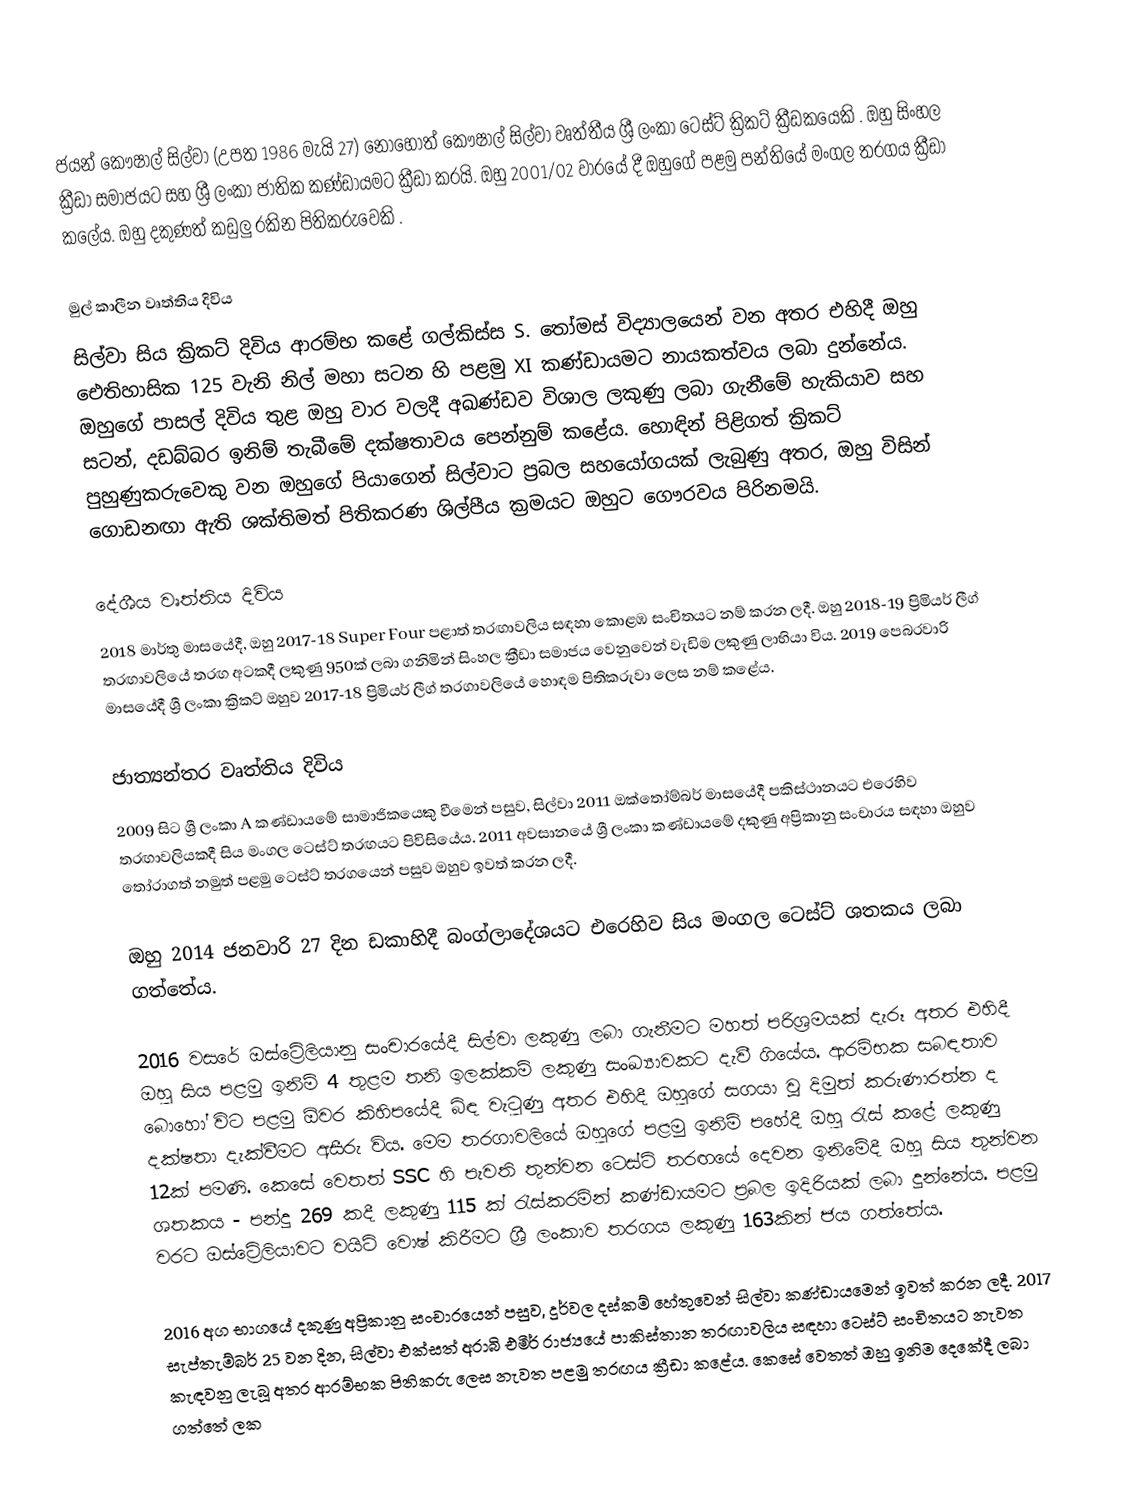
ජයන් කෞෂාල් සිල්වා (උපත 1986 මැයි 27) නොහොත් කෞෂාල් සිල්වා වෘත්තීය ශ්‍රී ලංකා ටෙස්ට් ක්‍රිකට් ක්‍රීඩකයෙකි . ඔහු සිංහල ක්‍රීඩා සමාජයට සහ ශ්‍රී ලංකා ජාතික කණ්ඩායමට ක්‍රීඩා කරයි. ඔහු 2001/02 වාරයේ දී ඔහුගේ පළමු පන්තියේ මංගල තරගය ක්‍රීඩා කලේය. ඔහු දකුණත් කඩුලු රකින පිතිකරුවෙකි .

මුල් කාලීන වෘත්තිය දිවිය
සිල්වා සිය ක්‍රිකට් දිවිය ආරම්භ කළේ ගල්කිස්ස S. තෝමස් විද්‍යාලයෙන් වන අතර එහිදී ඔහු ඓතිහාසික 125 වැනි නිල් මහා සටන හි පළමු XI කණ්ඩායමට නායකත්වය ලබා දුන්නේය.  ඔහුගේ පාසල් දිවිය තුළ ඔහු වාර වලදී අඛණ්ඩව විශාල ලකුණු ලබා ගැනීමේ හැකියාව සහ සටන්, දඩබ්බර ඉනිම් තැබීමේ දක්ෂතාවය පෙන්නුම් කළේය. හොඳින් පිළිගත් ක්‍රිකට් පුහුණුකරුවෙකු වන ඔහුගේ පියාගෙන් සිල්වාට ප්‍රබල සහයෝගයක් ලැබුණු අතර, ඔහු විසින් ගොඩනඟා ඇති ශක්තිමත් පිතිකරණ ශිල්පීය ක්‍රමයට ඔහුට ගෞරවය පිරිනමයි.

දේශීය වෘත්තිය දිවිය
2018 මාර්තු මාසයේදී, ඔහු 2017-18 Super Four පළාත් තරඟාවලිය සඳහා කොළඹ සංචිතයට නම් කරන ලදී.   ඔහු 2018-19 ප්‍රිමියර් ලීග් තරඟාවලියේ තරඟ අටකදී ලකුණු 950ක් ලබා ගනිමින් සිංහල ක්‍රීඩා සමාජය වෙනුවෙන් වැඩිම ලකුණු ලාභියා විය.  2019 පෙබරවාරි මාසයේදී ශ්‍රී ලංකා ක්‍රිකට් ඔහුව 2017-18 ප්‍රිමියර් ලීග් තරගාවලියේ හොඳම පිතිකරුවා ලෙස නම් කළේය.

ජාත්‍යන්තර වෘත්තිය දිවිය
2009 සිට ශ්‍රී ලංකා A කණ්ඩායමේ සාමාජිකයෙකු වීමෙන් පසුව, සිල්වා 2011 ඔක්තෝම්බර් මාසයේදී පකිස්ථානයට එරෙහිව තරඟාවලියකදී සිය මංගල ටෙස්ට් තරඟයට පිවිසියේය.  2011 අවසානයේ ශ්‍රී ලංකා කණ්ඩායමේ දකුණු අප්‍රිකානු සංචාරය සඳහා ඔහුව තෝරාගත් නමුත් පළමු ටෙස්ට් තරගයෙන් පසුව ඔහුව ඉවත් කරන ලදී.

ඔහු 2014 ජනවාරි 27 දින ඩකාහිදී බංග්ලාදේශයට එරෙහිව සිය මංගල ටෙස්ට් ශතකය ලබා ගත්තේය.

2016 වසරේ ඔස්ට්‍රේලියානු සංචාරයේදී සිල්වා ලකුණු ලබා ගැනීමට මහත් පරිශ්‍රමයක් දැරූ අතර එහිදී ඔහු සිය පළමු ඉනිම් 4 තුළම තනි ඉලක්කම් ලකුණු සංඛ්‍යාවකට දැවී ගියේය. ආරම්භක සබඳතාව බොහෝ විට පළමු ඕවර කිහිපයේදී බිඳ වැටුණු අතර එහිදී ඔහුගේ සගයා වූ දිමුත් කරුණාරත්න ද දක්ෂතා දැක්වීමට අසීරු විය. මෙම තරගාවලියේ ඔහුගේ පළමු ඉනිම් පහේදී ඔහු රැස් කළේ ලකුණු 12ක් පමණි. කෙසේ වෙතත් SSC හි පැවති තුන්වන ටෙස්ට් තරඟයේ දෙවන ඉනිමේදී ඔහු සිය තුන්වන ශතකය - පන්දු 269 කදී ලකුණු 115 ක් රැස්කරමින් කණ්ඩායමට ප්‍රබල ඉදිරියක් ලබා දුන්නේය.  පළමු වරට ඔස්ට්‍රේලියාවට වයිට් වොෂ් කිරීමට ශ්‍රී ලංකාව තරගය ලකුණු 163කින් ජය ගත්තේය.

2016 අග භාගයේ දකුණු අප්‍රිකානු සංචාරයෙන් පසුව, දුර්වල දස්කම් හේතුවෙන් සිල්වා කණ්ඩායමෙන් ඉවත් කරන ලදී.  2017 සැප්තැම්බර් 25 වන දින, සිල්වා එක්සත් අරාබි එමීර් රාජ්‍යයේ  පාකිස්තාන තරඟාවලිය සඳහා ටෙස්ට් සංචිතයට නැවත කැඳවනු ලැබූ අතර ආරම්භක පිතිකරු ලෙස නැවත පළමු තරඟය ක්‍රීඩා කළේය. කෙසේ වෙතත් ඔහු ඉනිම දෙකේදී ලබා ගත්තේ ලක